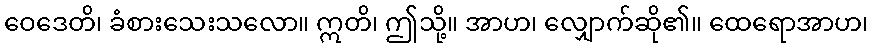
ဝေဒေတိ၊ ခံစားသေးသလော။ ဣတိ၊ ဤသို့။ အာဟ၊ လျှောက်ဆို၏။ ထေရောအာဟ၊